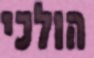
הולכי